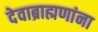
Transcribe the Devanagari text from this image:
देवाब्राह्मणांना